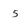
Character: 5